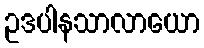
ဥဒပါနသာလာယော